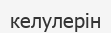
келулерін